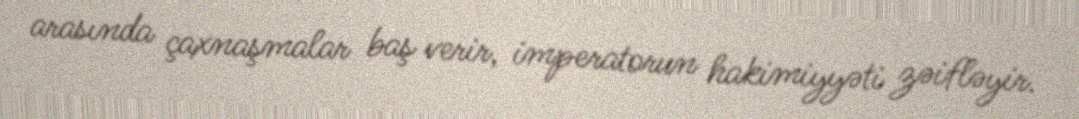
arasında çaxnaşmalar baş verir, imperatorun hakimiyyəti zəifləyir.